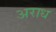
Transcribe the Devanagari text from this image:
अराध